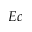
E c